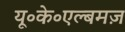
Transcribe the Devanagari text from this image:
यू॰के॰एल्बमज़